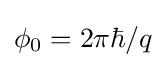
\phi _{0}=2\pi \hbar /q